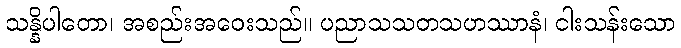
သန္နိပါတော၊ အစည်းအဝေးသည်။ ပညာသသတသဟဿာနံ၊ ငါးသန်းသော